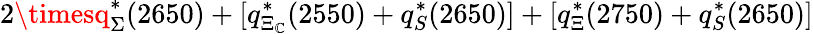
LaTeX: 2\timesq_{\Sigma}^{\ast}(2650)+[q_{\Xi_{\mathbb{C}}}^{\ast}(2550)+q_{S}^{\ast}(2650)]+[q_{\Xi}^{\ast}(2750)+q_{S}^{\ast}(2650)]